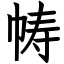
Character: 帱